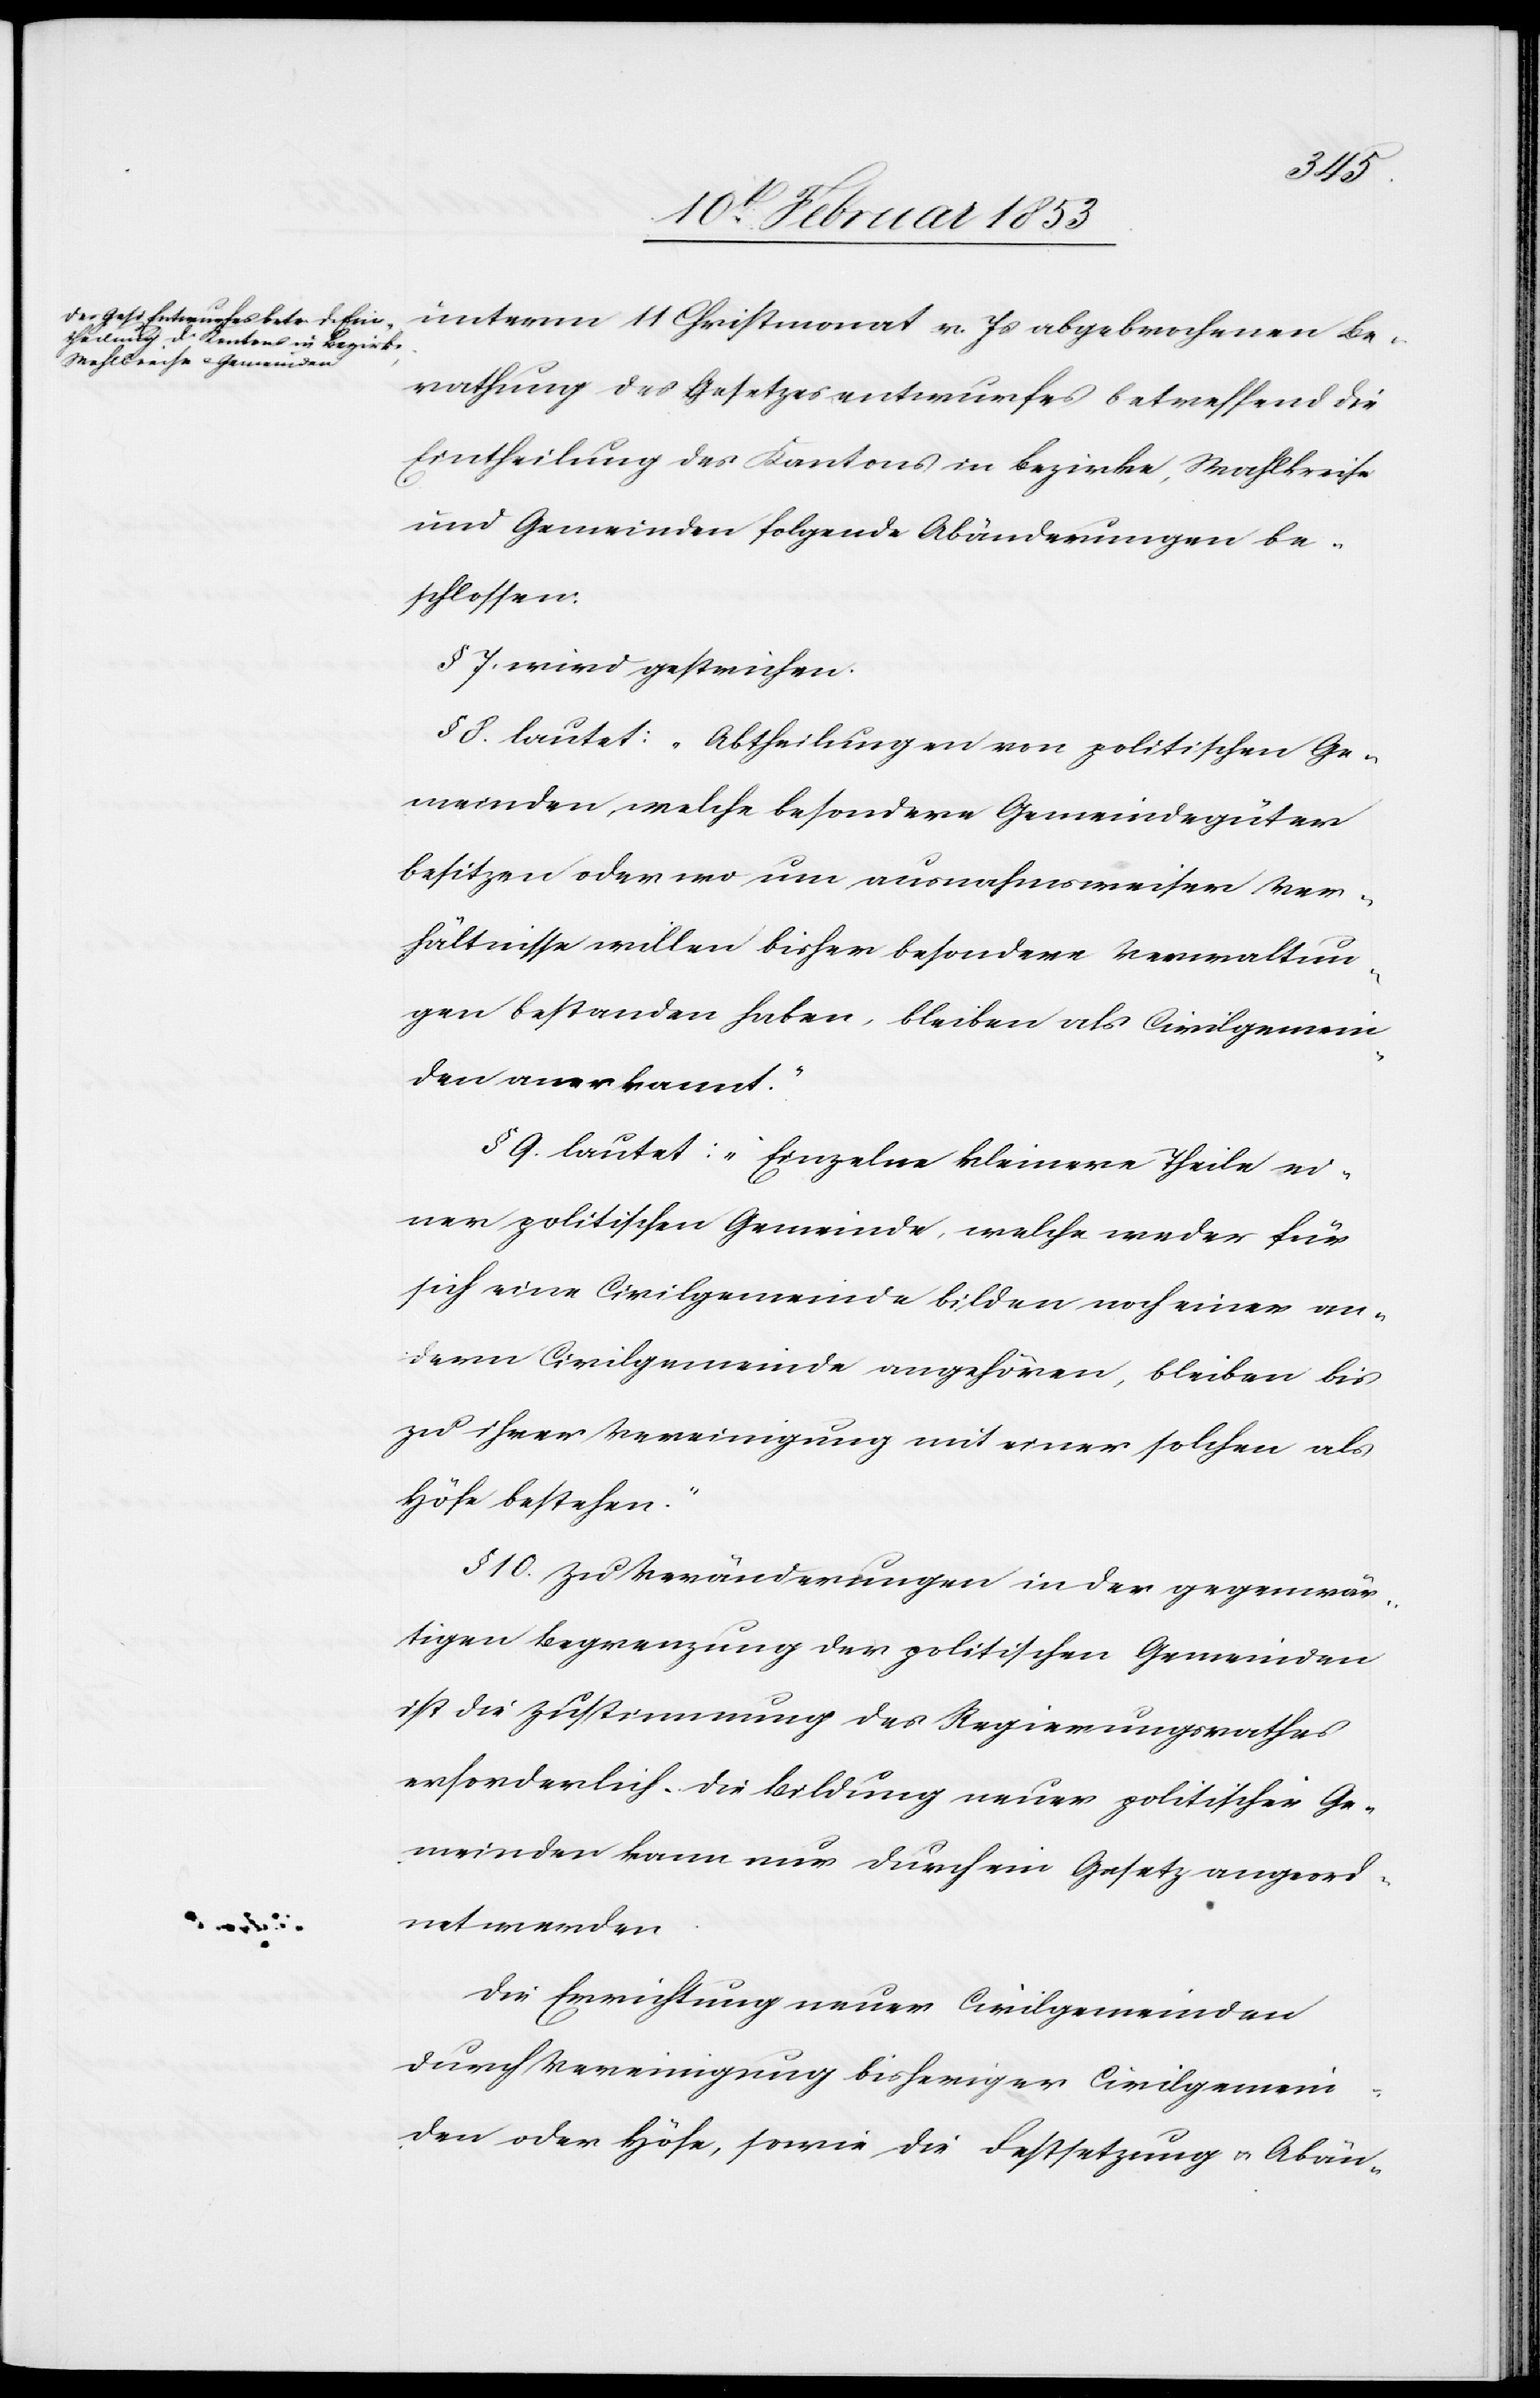
rathung des Gesetzesentwurfes betreffend die
Eintheilung des Kantons im Bezirke, Wahlkreise
und Gemeinden folgende Abänderungen be¬
schlossen:
§ 7. wird gestrichen.
§ 8. lautet: „Abtheilungen von politischen Ge¬
meinden, welche besondere Gemeindegüter
besitzen oder wo um ausnahmsweiser Ver¬
hältnisse willen bisher besondere Verwaltun¬
gen bestanden haben, bleiben als Civilgemein¬
den anerkannt.“
§ 9. lautet: „Einzelne kleinere Theile ei¬
ner politischen Gemeinde, welche weder für
sich eine Civilgemeinde bilden noch einer an¬
dern Civilgemeinde angehören, bleiben bis
zu ihrer Vereinigung mit einer solchen als
Höfe bestehen.“
§ 10. Zu Veränderungen in der gegenwär¬
tigen Begrenzung der politischen Gemeinden
ist die Zustimmung des Regierungsrathes
erforderlich. Die Bildung neuer politischer Ge¬
meinden kann nur durch ein Gesetz angeord¬
net werden.
Die Errichtung neuer Civilgemeinden
durch Vereinigung bisheriger Civilgemein¬
den oder Höfe, sowie die Festsetzung u. Abän-